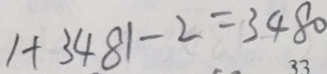
1 + 3 4 8 1 - 2 = 3 4 8 0